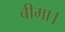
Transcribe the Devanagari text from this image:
बीमा।